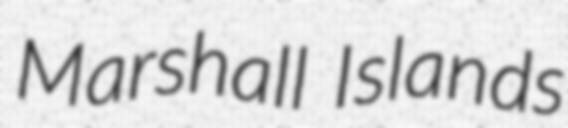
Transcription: Marshall Islands